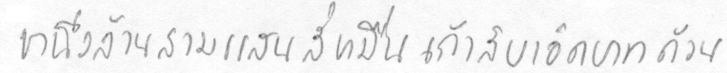
หนึ่งล้านสามแสนสี่หมื่นเก้าสิบเอ็ดบาทถ้วน